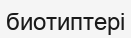
биотиптері